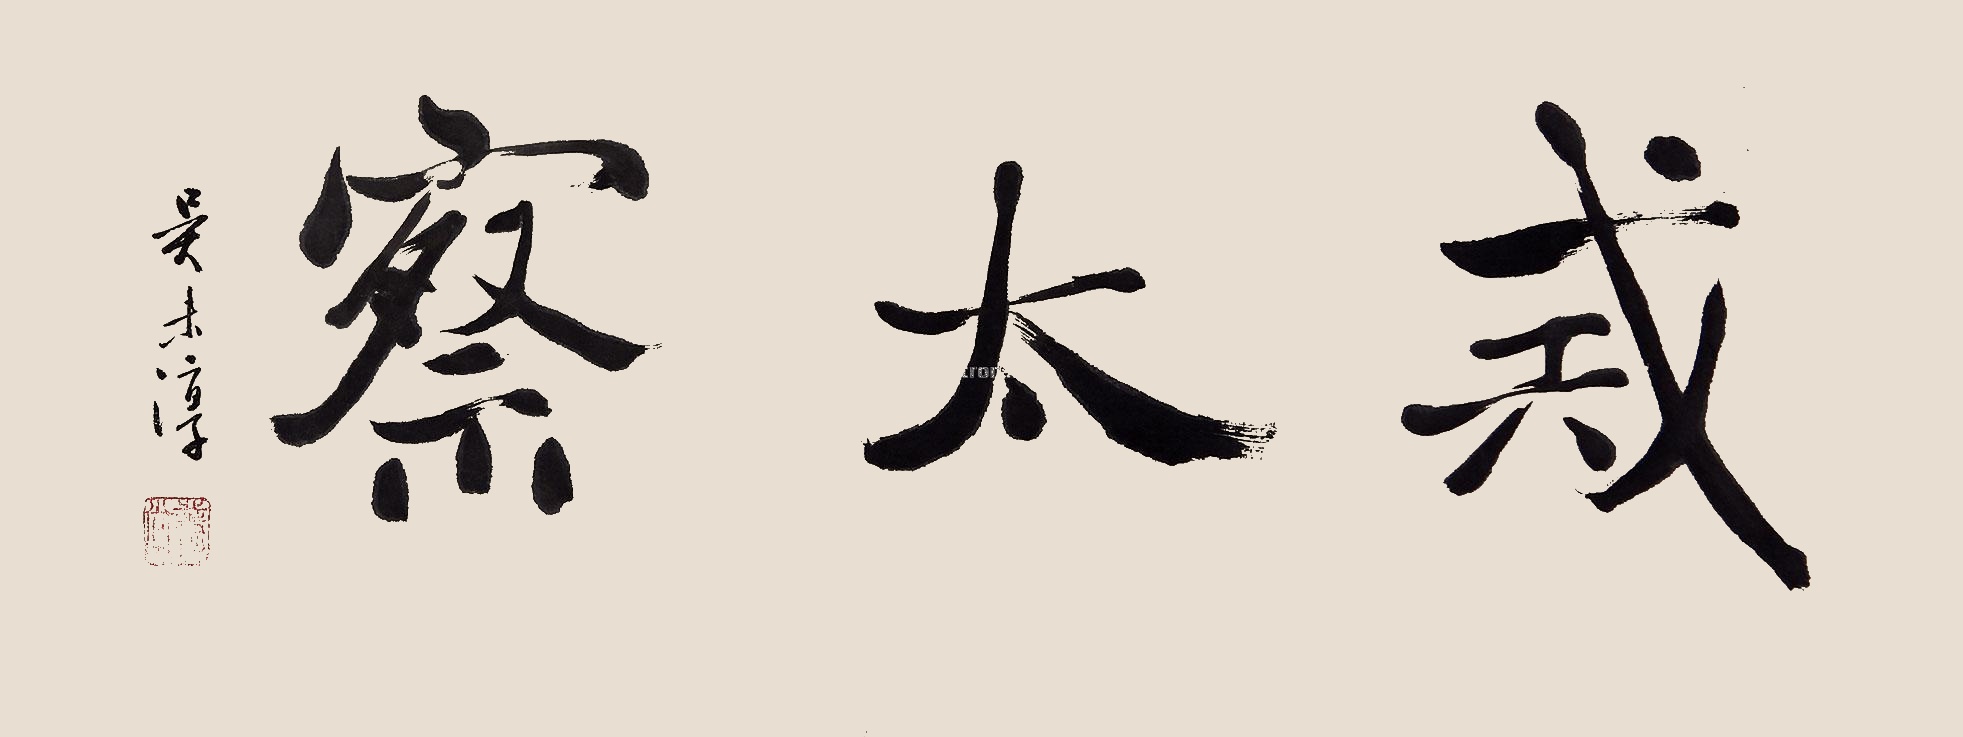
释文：戒太察吴未淳